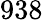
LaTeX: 938